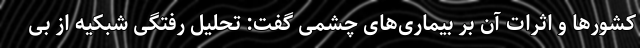
کشورها و اثرات آن بر بیماری‌های چشمی گفت: تحلیل رفتگی شبکیه از بی